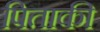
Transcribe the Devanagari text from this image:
पिताकी